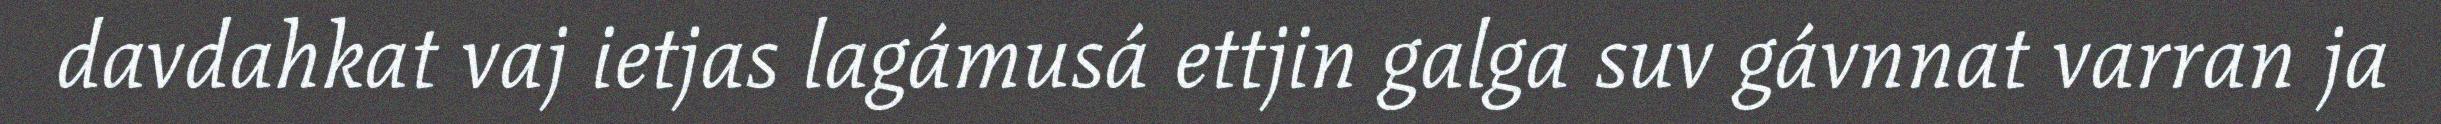
davdahkat vaj ietjas lagámusá ettjin galga suv gávnnat varran ja